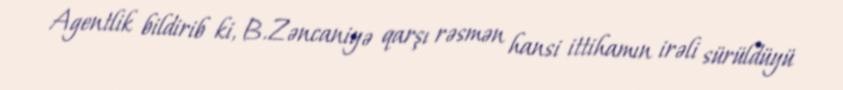
Agentlik bildirib ki, B.Zəncaniyə qarşı rəsmən hansi ittihamın irəli sürüldüyü